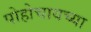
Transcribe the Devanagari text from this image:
पोहोचायच्या